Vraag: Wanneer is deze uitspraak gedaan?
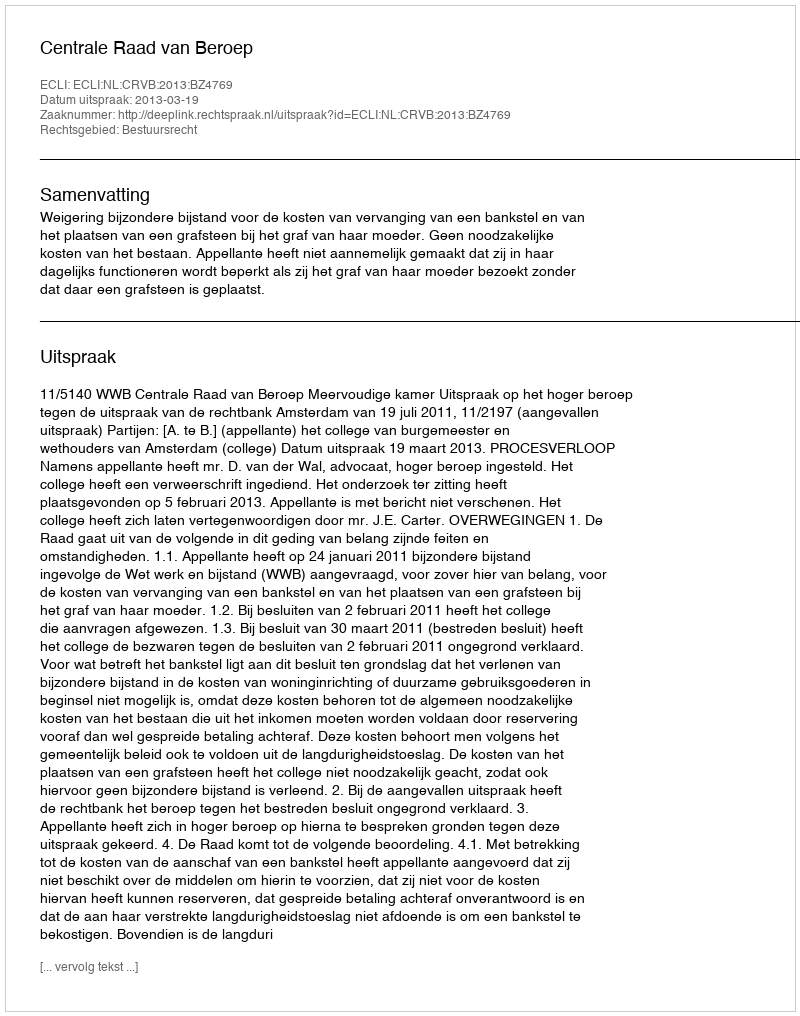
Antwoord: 2013-03-19